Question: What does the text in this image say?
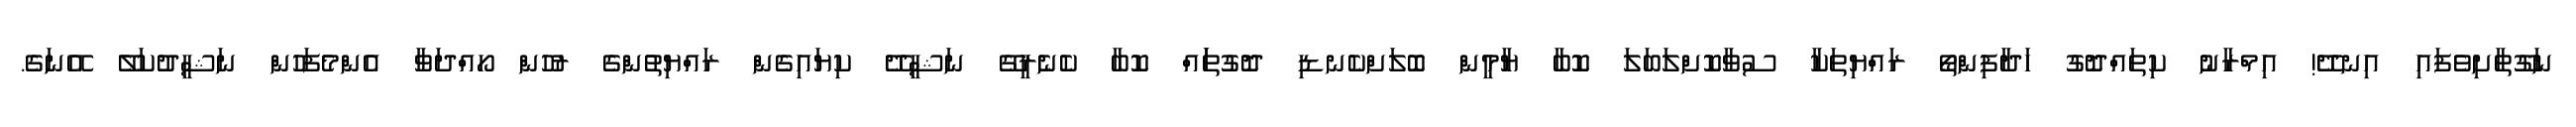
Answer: ނަގޫތާށިވެފައި އިނދޭ! އިމްރާނު ކިތައްދޮގު ހަދާފިންތޯ ރައްޔިތަކާ ސުވާކޮށްލަބަލަ ކޮބާ ޔާމީން ބޮލަށްކެނޑި ދޮގުތަައް ކޮބާ ކެނެރީގޭ ނަޝީދޭ ކިޔައިގެން ރައްޔިތުންގެ ރުހުން ހޯއްދަވާ އެންމެފަހުން ނަޝީދުކަލޭ އޭނަގެ.